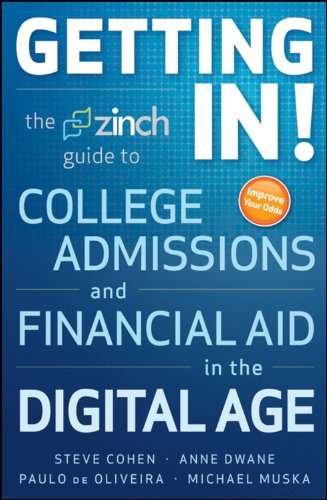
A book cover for Getting In: The Zinch Guide to College Admissions & Financial Aid in the Digital Age; Michael Muska; Education & Teaching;